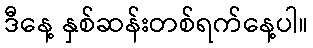
ဒီနေ့ နှစ်ဆန်းတစ်ရက်နေ့ပါ။